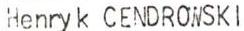
Henry k CENDROWSKI